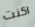
اكنت